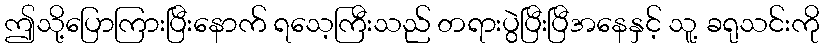
ဤသို့ပြောကြားပြီးနောက် ရသေ့ကြီးသည် တရားပွဲပြီးပြီအနေနှင့် သူ့ ခရုသင်းကို